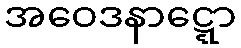
အဝေဒနာဋ္ဋော